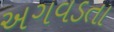
અગવડતા